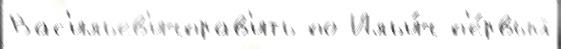
Вас'ильев'ичправ'ить по Ильи́ч п'е́рвый